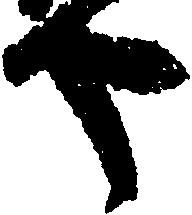
や